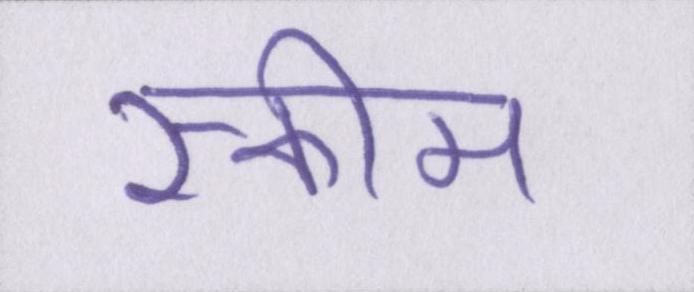
स्कीम